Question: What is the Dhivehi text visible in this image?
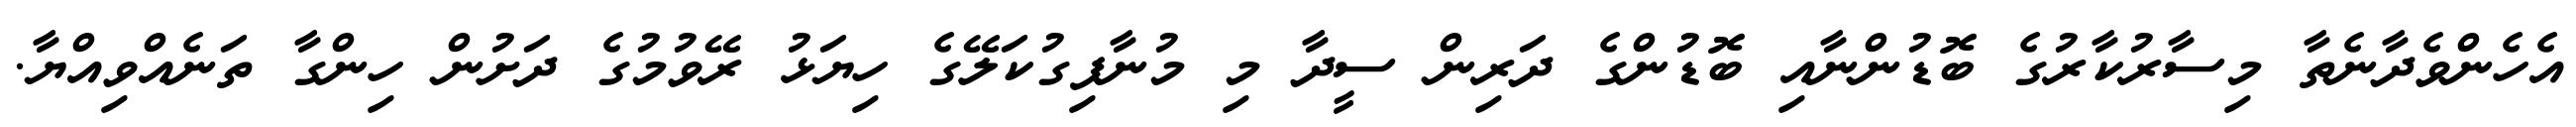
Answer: އެހެންވެދާނެތާ މިސާރުކާރުގެ ބޮޑުންނާއި ބޮޑުންގެ ދަރިން ސީދާ މި މުނާފިގުކަލޭގެ ހިޔަޅު ރޭވުމުގެ ދަށުން ހިންގާ ތަނެއްވިއްޔާ.